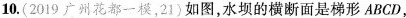
10.(2019广州花都一模，21)如图，水坝的横断面是梯形ABCD，